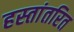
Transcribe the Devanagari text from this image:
हस्‍तांतरित